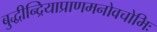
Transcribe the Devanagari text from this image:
बुद्धीन्द्रियाप्राणमनोवचोभिः